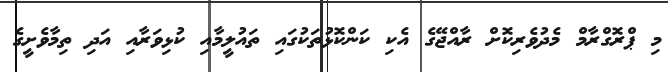
މި ޕްރޮގްރާމް މެދުވެރިކޮށް ރާއްޖޭގެ އެކި ކަންކޮޅުތަކުގައި ތައުލީމާއި ކުޅިވަރާއި އަދި ތިމާވެށީގެ